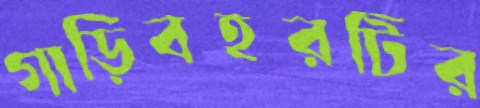
গাড়িবহরটির